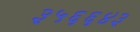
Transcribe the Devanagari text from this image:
३५६६४३